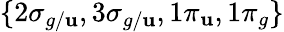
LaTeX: \{ 2\sigma_{g/\mathbf{u}},3\sigma_{g/\mathbf{u}},1\pi_{\mathbf{u}},1\pi_{g}\}